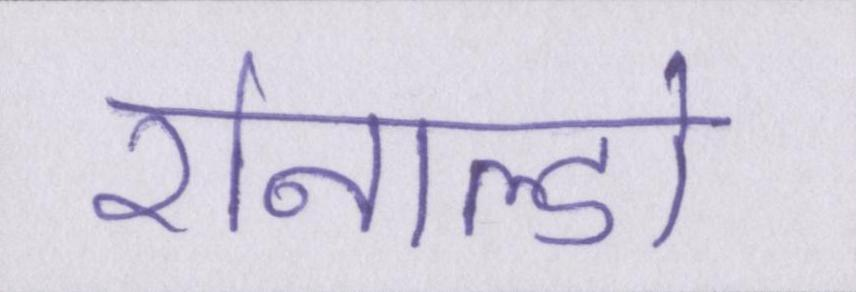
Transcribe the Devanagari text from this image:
रोनाल्डो